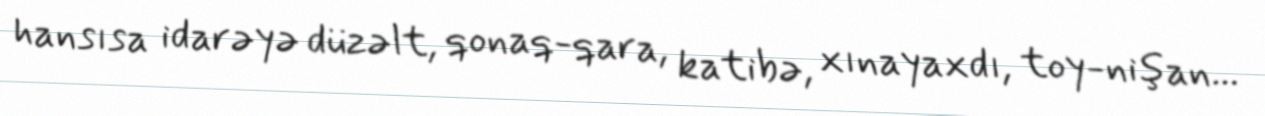
hansısa idarəyə düzəlt, qonaq-qara, katibə, xınayaxdı, toy-nişan...